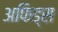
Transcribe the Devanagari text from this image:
अफिड्स